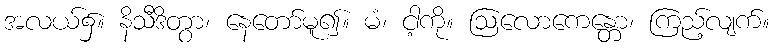
အလယ်၌။ နိသီဒိတွာ၊ နေတော်မူ၍။ မံ၊ ငါ့ကို။ ဩလောကေန္တော၊ ကြည့်လျက်။